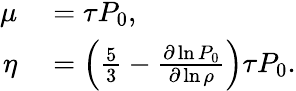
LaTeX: \begin{array}{rl}{\mu}&{{}=\tau P_{0},}\\ {\eta}&{{}=\left(\frac{5}{3}-\frac{\partial\ln P_{0}}{\partial\ln\rho}\right)\tau P_{0}.}\end{array}